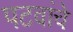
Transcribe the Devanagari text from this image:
पटवांचे